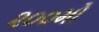
૨૦૦મો